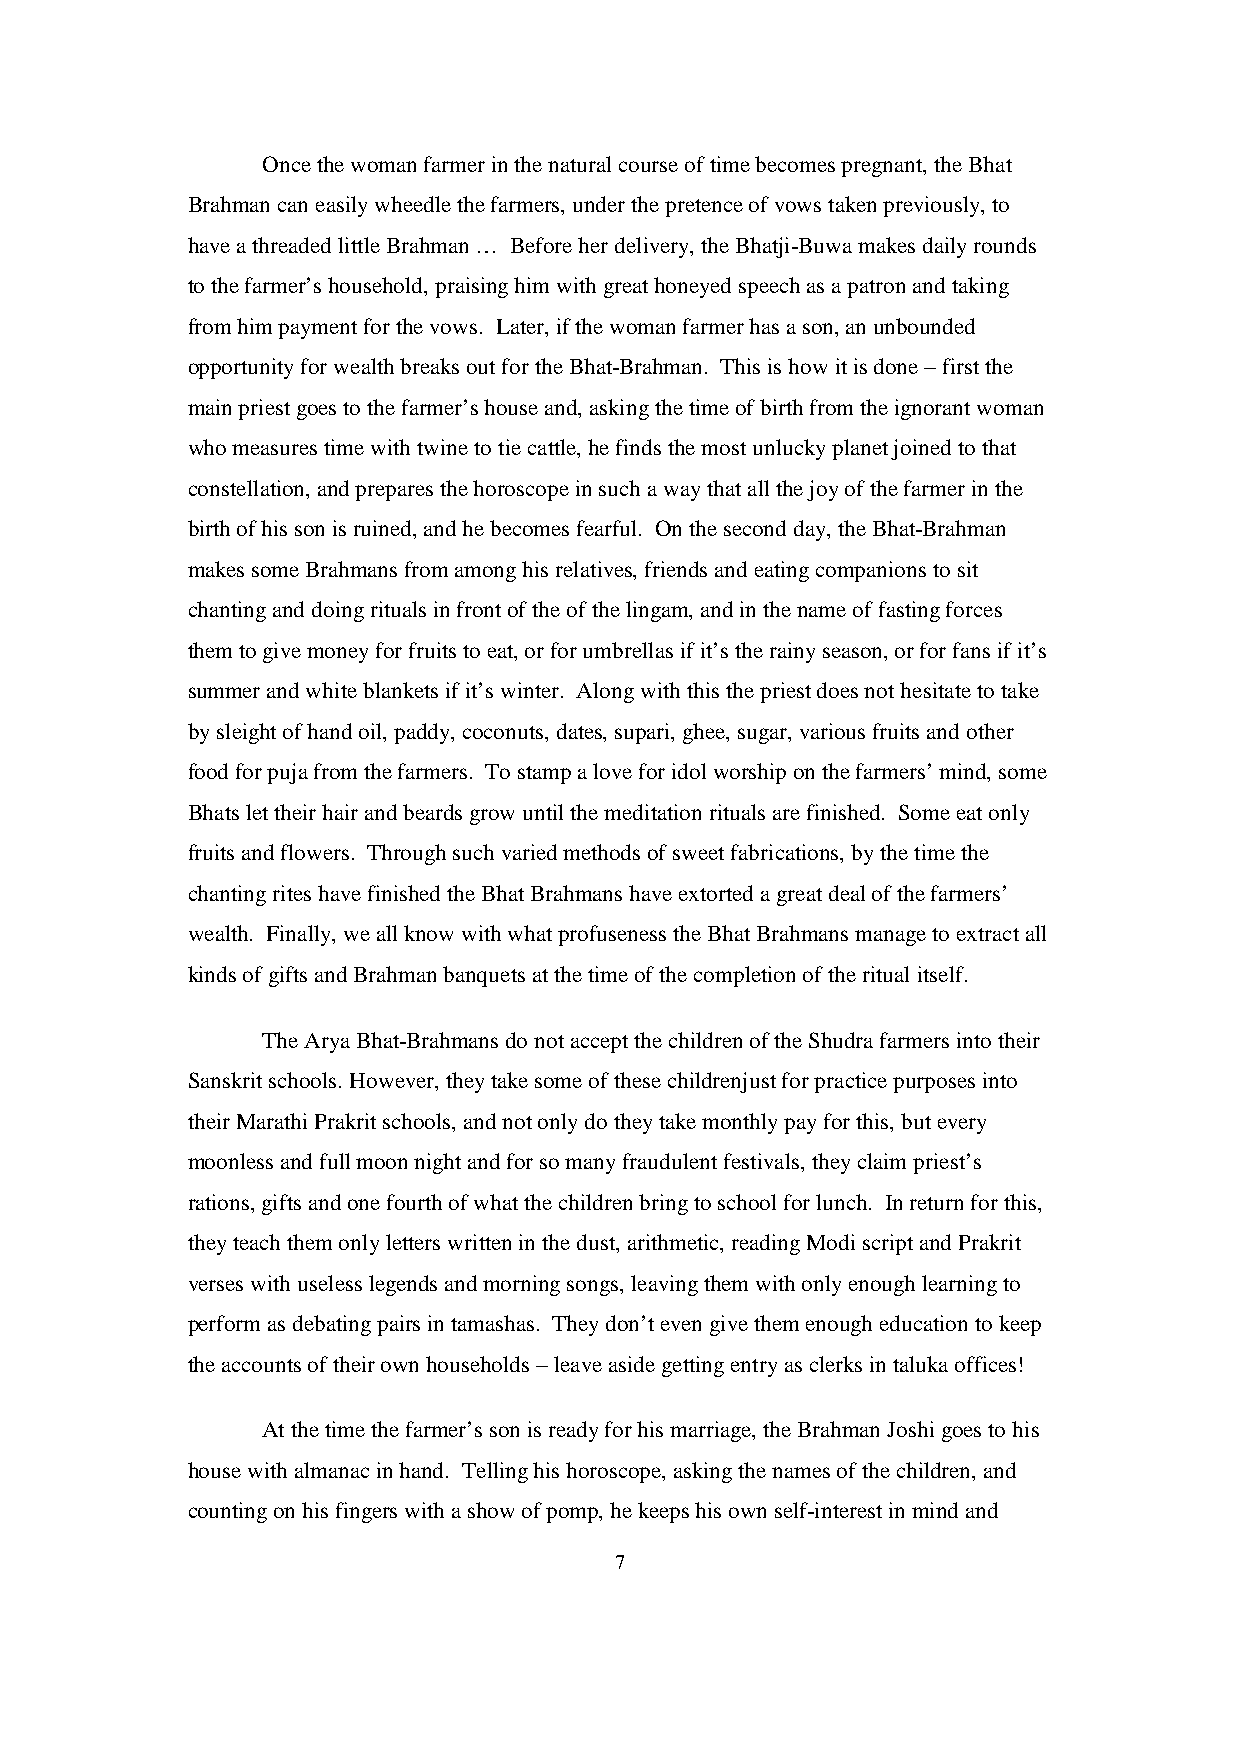
Once the woman farmer in the natural course of time becomes pregnant, the Bhat
 Brahman can easily wheedle the farmers, under the pretence of vows taken previously, to
 have a threaded little Brahman … Before her delivery, the Bhatji-Buwa makes daily rounds
 to the farmer’s household, praising him with great honeyed speech as a patron and taking
 from him payment for the vows. Later, if the woman farmer has a son, an unbounded
 opportunity for wealth breaks out for the Bhat-Brahman. This is how it is done – first the
 main priest goes to the farmer’s house and, asking the time of birth from the ignorant woman
 who measures time with twine to tie cattle, he finds the most unlucky planet joined to that
 constellation, and prepares the horoscope in such a way that all the joy of the farmer in the
 birth of his son is ruined, and he becomes fearful. On the second day, the Bhat-Brahman
 makes some Brahmans from among his relatives, friends and eating companions to sit
 chanting and doing rituals in front of the of the lingam, and in the name of fasting forces
 them to give money for fruits to eat, or for umbrellas if it’s the rainy season, or for fans if it’s
 summer and white blankets if it’s winter. Along with this the priest does not hesitate to take
 by sleight of hand oil, paddy, coconuts, dates, supari, ghee, sugar, various fruits and other
 food for puja from the farmers. To stamp a love for idol worship on the farmers’ mind, some
 Bhats let their hair and beards grow until the meditation rituals are finished. Some eat only
 fruits and flowers. Through such varied methods of sweet fabrications, by the time the
 chanting rites have finished the Bhat Brahmans have extorted a great deal of the farmers’
 wealth. Finally, we all know with what profuseness the Bhat Brahmans manage to extract all
 kinds of gifts and Brahman banquets at the time of the completion of the ritual itself.
 The Arya Bhat-Brahmans do not accept the children of the Shudra farmers into their
 Sanskrit schools. However, they take some of these childrenjust for practice purposes into
 their Marathi Prakrit schools, and not only do they take monthly pay for this, but every
 moonless and full moon night and for so many fraudulent festivals, they claim priest’s
 rations, gifts and one fourth of what the children bring to school for lunch. In return for this,
 they teach them only letters written in the dust, arithmetic, reading Modi script and Prakrit
 verses with useless legends and morning songs, leaving them with only enough learning to
 perform as debating pairs in tamashas. They don’t even give them enough education to keep
 the accounts of their own households – leave aside getting entry as clerks in taluka offices!
 At the time the farmer’s son is ready for his marriage, the Brahman Joshi goes to his
 house with almanac in hand. Telling his horoscope, asking the names of the children, and
 counting on his fingers with a show of pomp, he keeps his own self-interest in mind and
 7